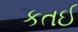
કતઈ